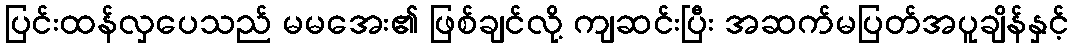
ပြင်းထန်လှပေသည် မမအေး၏ ဖြစ်ချင်လို့ ကျဆင်းပြီး အဆက်မပြတ်အပူချိန်နှင့်